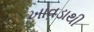
ખાવડાથી